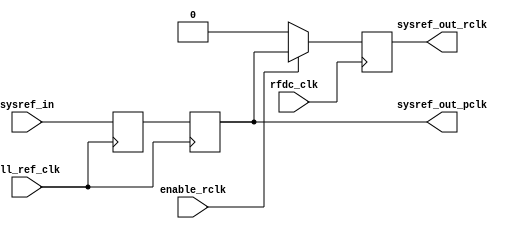
//
// Copyright 2021 Ettus Research, a National Instruments Brand
//
// SPDX-License-Identifier: LGPL-3.0-or-later
//
// Module: capture_sysref
//
// Description:
//
//   Capture SYSREF and transfer it to the higher clock domain. Module incurs
//   in 2 pll_ref_clk cycles + 1 rfdc_clk cycle of delay.
//

module capture_sysref (
  // Clocks
  input  wire pll_ref_clk,
  input  wire rfdc_clk,

  // SYSREF input and control
  input  wire sysref_in,       // Single-ended SYSREF (previously buffered)
  input  wire enable_rclk,     // Enables SYSREF output in the rfdc_clk domain.

  // Captured SYSREF outputs
  output wire sysref_out_pclk, // Debug output (Domain: pll_ref_clk).
  output wire sysref_out_rclk  // RFDC output  (Domain: rfdc_clk).
);

  reg sysref_pclk_ms = 1'b0, sysref_pclk = 1'b0, sysref_rclk = 1'b0;

  // Capture SYSREF synchronously with the pll_ref_clk, but double-sync it just
  // in case static timing isn't met so as not to destroy downstream logic.
  always @ (posedge pll_ref_clk) begin
    sysref_pclk_ms <= sysref_in;
    sysref_pclk    <= sysref_pclk_ms;
  end

  assign sysref_out_pclk = sysref_pclk;

  // Transfer to faster clock which is edge-aligned with the pll_ref_clk.
  always @ (posedge rfdc_clk) begin
    if (enable_rclk) begin
      sysref_rclk <= sysref_pclk;
    end else begin
      sysref_rclk <= 1'b0;
    end
  end

  assign sysref_out_rclk = sysref_rclk;

endmodule